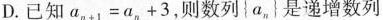
D.已知$$a _ { n + 1 } = a _ { n } + 3$$，则数列\left{a_{n} \right}是递增数列